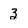
Character: 3